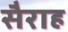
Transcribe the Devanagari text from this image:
सैराह